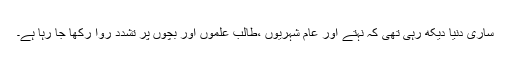
ساری دنیا دیکھ رہی تھی کہ نہتے اور عام شہریوں ،طالب علموں اور بچوں پر تشدد روا رکھا جا رہا ہے۔